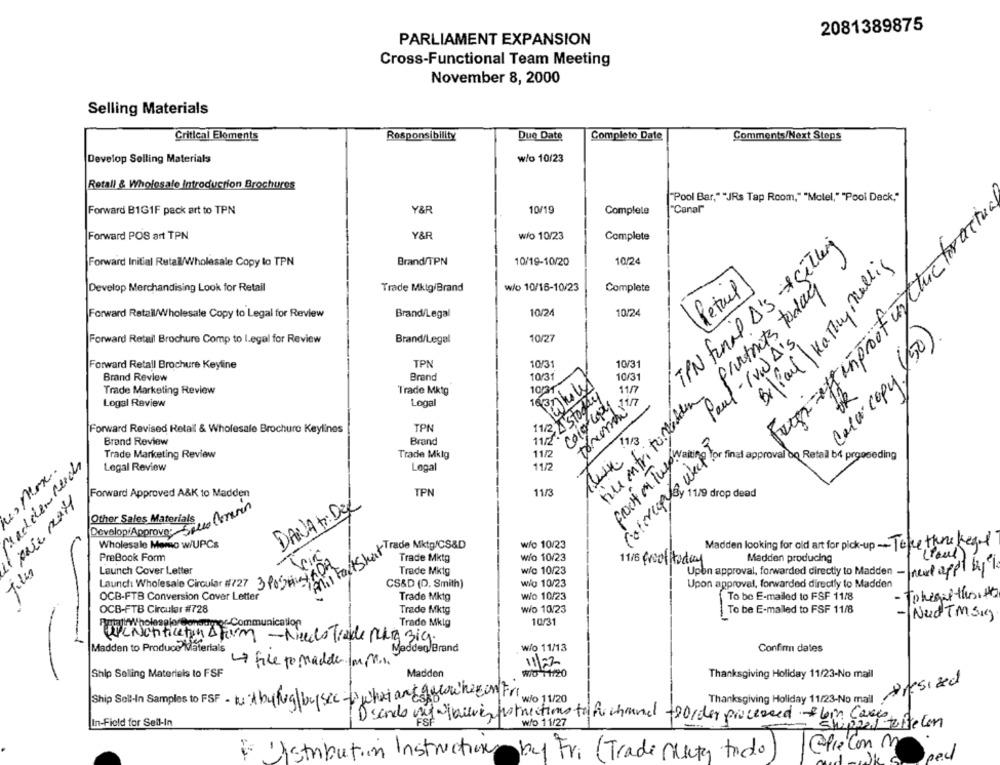
2081389875
PARLIAMENT EXPANSION
Cross-Functional Team Meeting
November 8, 2000
Selling Materials
Critical Elements
Responsibility
Due Date
Completo Date
Comments/Next Steps
Develop Selling Materials
w/o 10/23
Retall & Wholesale Introduction Brochures
Pool Bar,"JRs Tap Room,"Molel,"Pool Deck,
Forward B1G1F pack art to TPN
Y&R
10/19
Complete
"Canal"
Fugi-effinproofisttuctora
Forward POS art TPN
Y&R
w/o 10/23
Complete
TPN final D's - Sitting
Brand/TPN
10/24
Forward Initial Retall/Wholesale Copy lo TPN
10/19-10/20
Br/Paul Kathy Mallig
Develop Merchandising Look for Retail
Trade Mktg/Brand
w/o 10/16-10/23
Complete
Retail
pantnets today
Forward Retall/Wholesale Copy to Legal for Review
10/24
10/24
Brand/Legal
Paul - (vw) A's
Ba Calar copy (50).
Forward Retail Brochure Comp to legal for Review
Brand/Legal
10/27
Forward Retall Brochure Keyline
TPN
10/31
10/31
Brand
10/31
10/31
Brand Review
Wholy
Trade Marketing Review
Trade Mktg
10031
11/7
A stocky
tice entri to verden
Logal Review
Logal
color copy
TPN
Forward Revised Retail & Wholesale Brochure Keylines
Brand Review
Brand
11/
Coloripy@ weiß!
froot on Thepy
Trade Marketing Review
Trade Mktg
11/2
achden Reich
Legal Review
Legal
11/2
lesMax.
Forward Approved A&K to Madden
TPN
11/3
y 11/9 drop dead
DANAt: DEL
del
Other Sales Materials
Develop Approve: Spela Amarin
Wholesale Memso w/UPCs
Madden looking for old art for pick-up- Take there Keand
mil FallShakirade Mktg/CS&D
w/o 10/23
PreBook Form
Trade Mktg
wio 10/23
11/6 Groottoday
Madden producing
Launch Cover Letter
Trade Mktg
w/o 10/23
Upen approval, forwarded directly to Madden - need appl byl
Launch Wholesale Circular #/27 3 Portal
CS&D (D. Smith)
wio 10/23
Upon approval, forwarded directly to Madden
OCB-FTB Conversion Cover Letter
Trade Mktg
wio 10/23
To be E-mailed to FSF 11/8
- Tokegal theit
OCB-FTB Circular #728
Trade Mktg
wio 10/23
To be E-mailed to FSF 11/8
Need Tmskg
Trade Mklg
10/31
UPchentication A Form - Needto Trade Ruhig Big.
Madden to Produce Materials
Madden/Brand
w/o 11/13
Confirm dales
file to madde in en
11/22
Ship Selling Materials to FSF
Madden
WD 11/20
Thanksgiving Holiday 11/23-No mail
Aresized
Ship Soll-In Samples to FSF- tabulvalbysec-what anyaglow hecomfort
wo 11/20
Thanksgiving Holiday 11/23-No mail
Dsando muy quieres notrections to Per channel toorder processed bin came
In-Field for Sell-In
wfo 11/27
ChieCon M
E 'istribution Instructions by Fri (Trade Ckta todo
oed